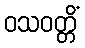
ဝသဝတ္တိံ